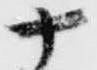
十